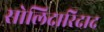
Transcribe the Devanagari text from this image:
सोलिदारिदाद